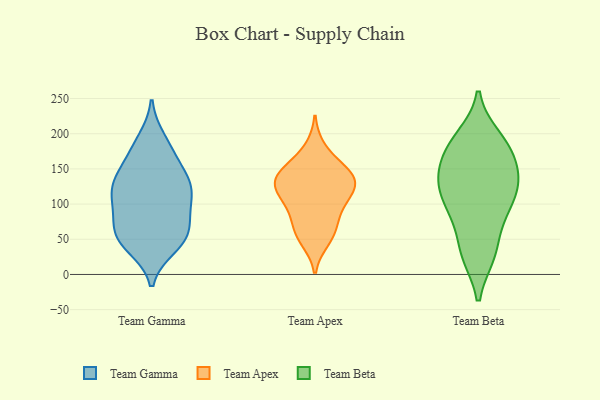
{"axis": {"x": "Waste Production (Tons)", "y": "Value"}, "legend": ["Team Apex", "Team Beta", "Team Gamma"], "data": [{"x": "", "y": 94, "type": "Team Gamma"}, {"x": "", "y": 49, "type": "Team Gamma"}, {"x": "", "y": 122, "type": "Team Gamma"}, {"x": "", "y": 64, "type": "Team Gamma"}, {"x": "", "y": 191, "type": "Team Gamma"}, {"x": "", "y": 124, "type": "Team Gamma"}, {"x": "", "y": 51, "type": "Team Gamma"}, {"x": "", "y": 40, "type": "Team Gamma"}, {"x": "", "y": 49, "type": "Team Gamma"}, {"x": "", "y": 88, "type": "Team Gamma"}, {"x": "", "y": 60, "type": "Team Gamma"}, {"x": "", "y": 169, "type": "Team Gamma"}, {"x": "", "y": 138, "type": "Team Gamma"}, {"x": "", "y": 128, "type": "Team Gamma"}, {"x": "", "y": 141, "type": "Team Gamma"}, {"x": "", "y": 179, "type": "Team Gamma"}, {"x": "", "y": 119, "type": "Team Gamma"}, {"x": "", "y": 95, "type": "Team Gamma"}, {"x": "", "y": 125, "type": "Team Apex"}, {"x": "", "y": 126, "type": "Team Apex"}, {"x": "", "y": 151, "type": "Team Apex"}, {"x": "", "y": 111, "type": "Team Apex"}, {"x": "", "y": 49, "type": "Team Apex"}, {"x": "", "y": 140, "type": "Team Apex"}, {"x": "", "y": 59, "type": "Team Apex"}, {"x": "", "y": 179, "type": "Team Apex"}, {"x": "", "y": 84, "type": "Team Apex"}, {"x": "", "y": 110, "type": "Team Apex"}, {"x": "", "y": 137, "type": "Team Apex"}, {"x": "", "y": 149, "type": "Team Apex"}, {"x": "", "y": 93, "type": "Team Apex"}, {"x": "", "y": 61, "type": "Team Apex"}, {"x": "", "y": 133, "type": "Team Apex"}, {"x": "", "y": 141, "type": "Team Beta"}, {"x": "", "y": 108, "type": "Team Beta"}, {"x": "", "y": 161, "type": "Team Beta"}, {"x": "", "y": 80, "type": "Team Beta"}, {"x": "", "y": 187, "type": "Team Beta"}, {"x": "", "y": 29, "type": "Team Beta"}, {"x": "", "y": 181, "type": "Team Beta"}, {"x": "", "y": 122, "type": "Team Beta"}, {"x": "", "y": 136, "type": "Team Beta"}, {"x": "", "y": 142, "type": "Team Beta"}, {"x": "", "y": 194, "type": "Team Beta"}, {"x": "", "y": 96, "type": "Team Beta"}, {"x": "", "y": 128, "type": "Team Beta"}, {"x": "", "y": 29, "type": "Team Beta"}, {"x": "", "y": 33, "type": "Team Beta"}, {"x": "", "y": 88, "type": "Team Beta"}, {"x": "", "y": 183, "type": "Team Beta"}]}